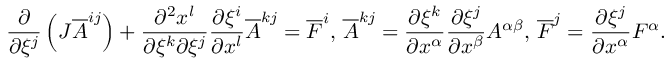
\frac { \partial } { \partial \xi ^ { j } } \left( J \overline { { A } } ^ { i j } \right) + \frac { \partial ^ { 2 } x ^ { l } } { \partial \xi ^ { k } \partial \xi ^ { j } } \frac { \partial \xi ^ { i } } { \partial x ^ { l } } \overline { { A } } ^ { k j } = \overline { { F } } ^ { i } , \, \overline { { A } } ^ { k j } = \frac { \partial \xi ^ { k } } { \partial x ^ { \alpha } } \frac { \partial \xi ^ { j } } { \partial x ^ { \beta } } A ^ { \alpha \beta } , \, \overline { { F } } ^ { j } = \frac { \partial \xi ^ { j } } { \partial x ^ { \alpha } } F ^ { \alpha } .